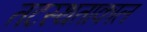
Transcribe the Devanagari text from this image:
तटस्थताकाल